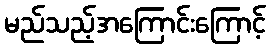
မည်သည့်အကြောင်းကြောင့်